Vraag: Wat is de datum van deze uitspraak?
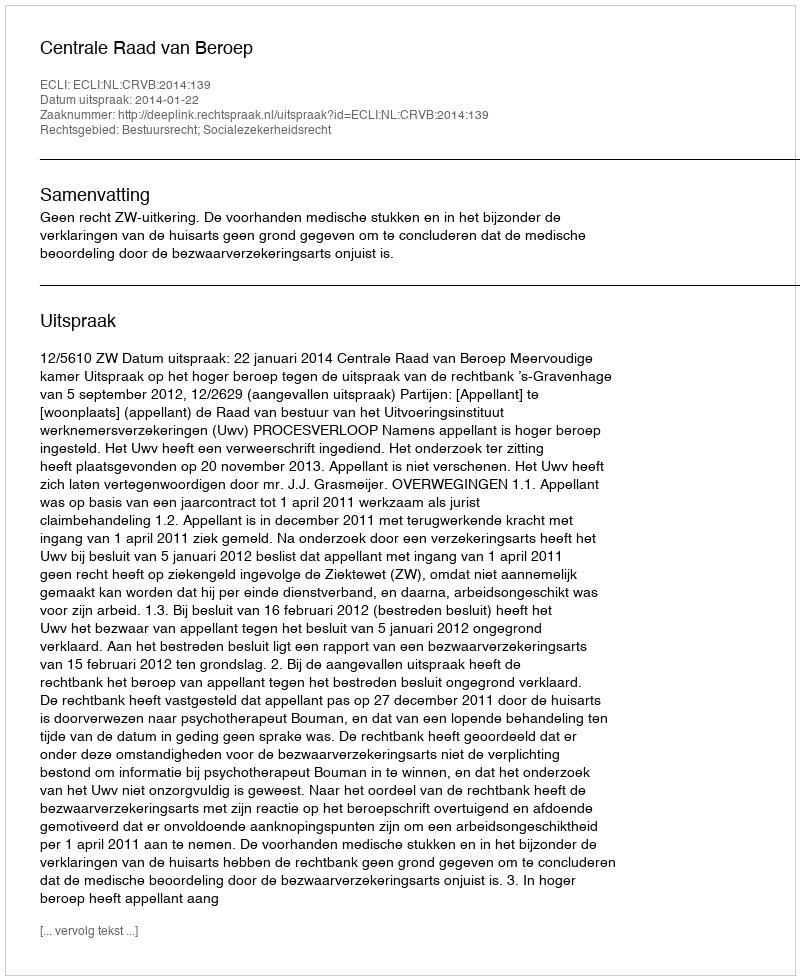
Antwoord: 2014-01-22